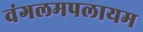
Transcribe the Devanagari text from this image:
वंगलमपलायम